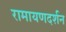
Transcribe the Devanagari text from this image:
रामायणदर्शन